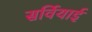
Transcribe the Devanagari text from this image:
सर्वियाई